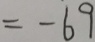
= - 6 9